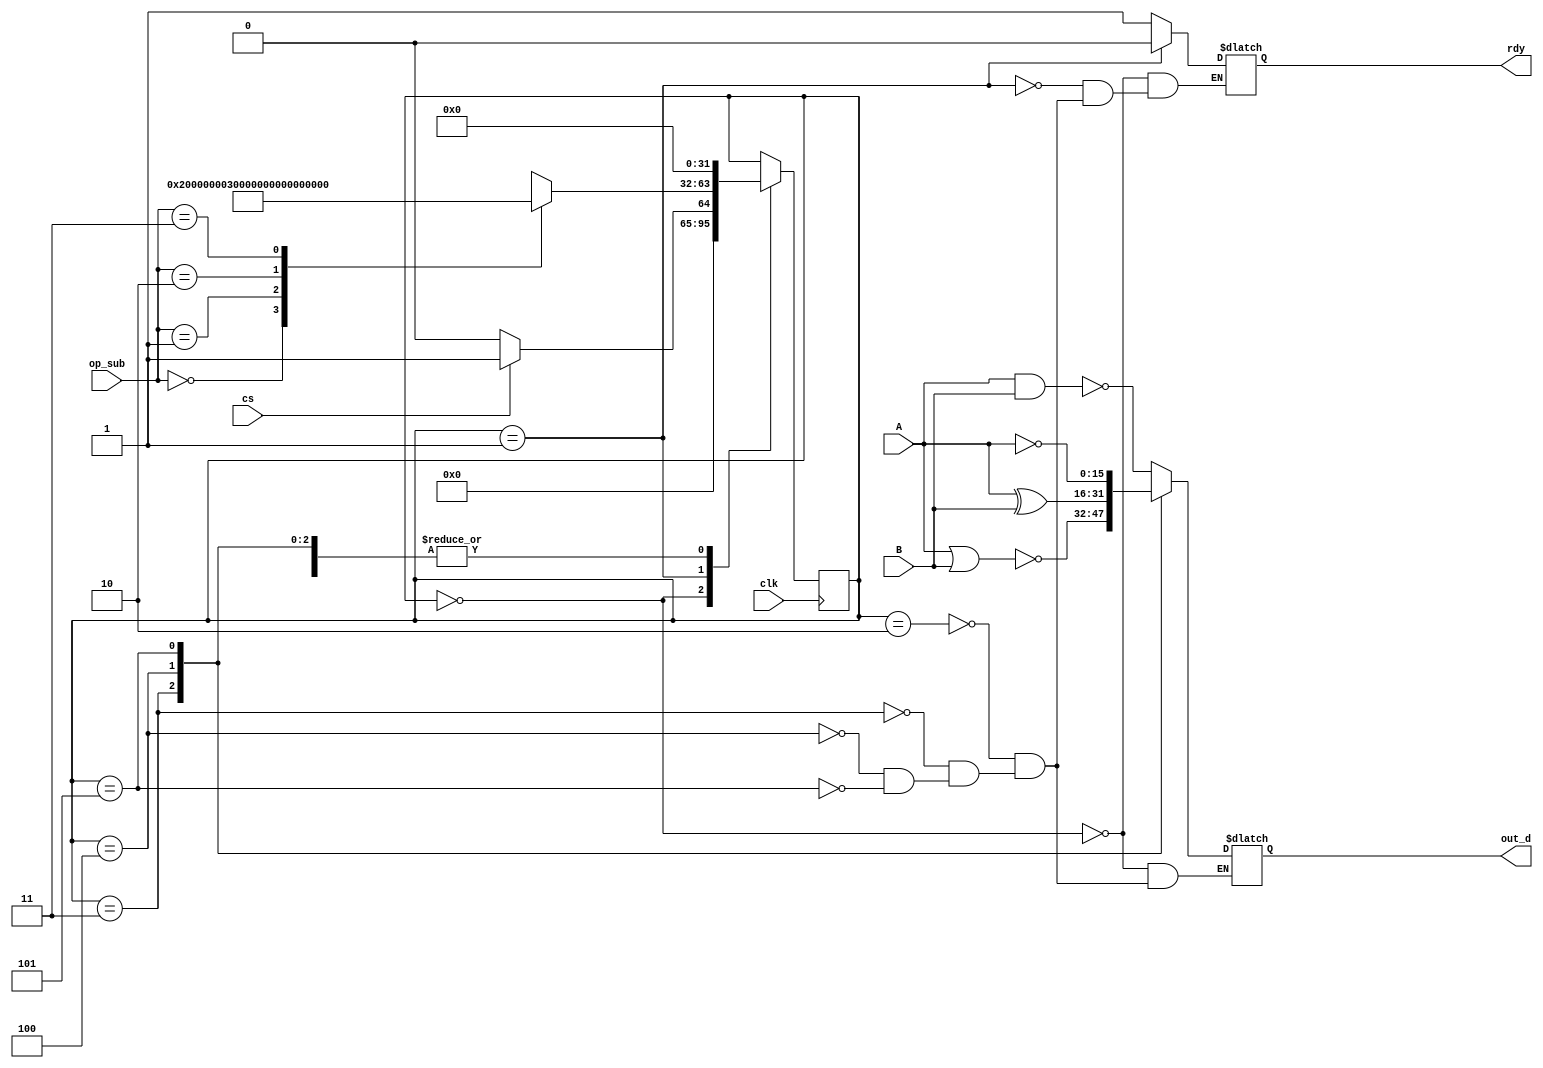
`timescale 1ns / 1ps
//////////////////////////////////////////////////////////////////////////////////
// Company: 
// Engineer: 
// 
// Design Name: 
// Module Name: log
// Project Name: 
// Target Devices: 
// Tool Versions: 
// Description: 
// 
// Dependencies: 
// 
// Revision:
// Revision 0.01 - File Created
// Additional Comments:
// 
//////////////////////////////////////////////////////////////////////////////////
//logic
module log( out_d,A,B,cs,clk,rdy,op_sub);
output reg [15:0] out_d;
input [15:0] A,B;
input cs,clk;
input [1:0]op_sub;
output reg rdy;
integer state;

initial 
begin
state=0;
end

always@(posedge clk)
begin
case(state)
0:begin
if(cs)
state=1;
else
state=0;           
end
1:begin
case(op_sub)
0:state=2;//nand
1:state=3;//nor
2:state=4;//exor
3:state=5;//not
endcase
end
2:state=0;
3:state=0;
4:state=0;
5:state=0;
endcase
end

always @(state)
begin
case(state)
0:begin 
rdy=1;
out_d=16'bz;
end
1:begin 
rdy=0;   
end
2:begin
out_d=~(A &B);//nand
rdy=1;
end
3:begin
out_d=~(A |B);//nor
rdy=1;
end
4:begin
out_d=A^B;//exor
rdy=1;
end
5:begin
out_d=~A;//not
rdy=1;
end
endcase   
end
endmodule